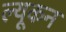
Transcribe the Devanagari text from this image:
ल्यूकन